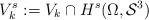
LaTeX: \begin{align*}V_k^s:=V_k\cap H^s(\Omega,\mathcal{S}^3)\end{align*}